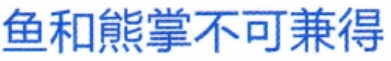
鱼和熊掌不可兼得